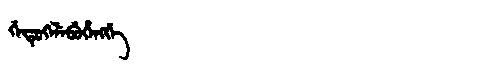
Manchu: ᡤᡝᡨᡠᡴᡝᠯᡝᠪᡠᡥᡝᠩᡤᡝ
Romanization: GETUKELEBUHENGGE